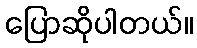
ပြောဆိုပါတယ်။